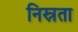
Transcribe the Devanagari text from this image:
निस्रता